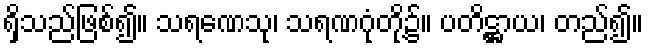
ရှိသည်ဖြစ်၍။ သရဏေသု၊ သရဏဂုံတို့၌။ ပတိဋ္ဌာယ၊ တည်၍။